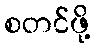
စတင်ဖို့